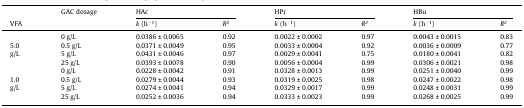
<table><thead><tr><td></td><td rowspan="2"><b>GAC dosage</b></td><td colspan="2"><b>HAc</b></td><td colspan="2"><b>HPr</b></td><td colspan="2"><b>HBu</b></td></tr><tr><td><b>VFA</b></td><td><b><i>k</i> (h<sup>−1</sup>)</b></td><td><b><i>R<sup>2</sup></i></b></td><td><b><i>k</i> (h<sup>−1</sup>)</b></td><td><b><i>R<sup>2</sup></i></b></td><td><b><i>k</i> (h<sup>−1</sup>)</b></td><td><b><i>R<sup>2</sup></i></b></td></tr></thead><tbody><tr><td></td><td>0 g/L</td><td>0.0386 ± 0.0065</td><td>0.92</td><td>0.0022 ± 0.0002</td><td>0.97</td><td>0.0043 ± 0.0015</td><td>0.83</td></tr><tr><td>5.0</td><td>0.5 g/L</td><td>0.0371 ± 0.0049</td><td>0.95</td><td>0.0033 ± 0.0004</td><td>0.92</td><td>0.0036 ± 0.0009</td><td>0.77</td></tr><tr><td>g/L</td><td>5 g/L</td><td>0.0431 ± 0.0046</td><td>0.97</td><td>0.0029 ± 0.0041</td><td>0.75</td><td>0.0180 ± 0.0041</td><td>0.82</td></tr><tr><td></td><td>25 g/L</td><td>0.0393 ± 0.0078</td><td>0.90</td><td>0.0056 ± 0.0004</td><td>0.99</td><td>0.0306 ± 0.0021</td><td>0.98</td></tr><tr><td></td><td>0 g/L</td><td>0.0228 ± 0.0042</td><td>0.91</td><td>0.0328 ± 0.0013</td><td>0.99</td><td>0.0251 ± 0.0040</td><td>0.99</td></tr><tr><td>1.0</td><td>0.5 g/L</td><td>0.0279 ± 0.0044</td><td>0.93</td><td>0.0319 ± 0.0025</td><td>0.98</td><td>0.0247 ± 0.0022</td><td>0.98</td></tr><tr><td>g/L</td><td>5 g/L</td><td>0.0274 ± 0.0041</td><td>0.94</td><td>0.0329 ± 0.0017</td><td>0.99</td><td>0.0248 ± 0.0031</td><td>0.99</td></tr><tr><td></td><td>25 g/L</td><td>0.0252 ± 0.0036</td><td>0.94</td><td>0.0333 ± 0.0023</td><td>0.99</td><td>0.0268 ± 0.0025</td><td>0.99</td></tr></tbody></table>